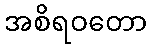
အစိရဝတော